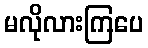
မလိုလားကြပေ